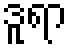
ဒူရာ